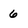
Character: 6